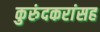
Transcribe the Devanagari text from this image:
कुरुंदकरांसह